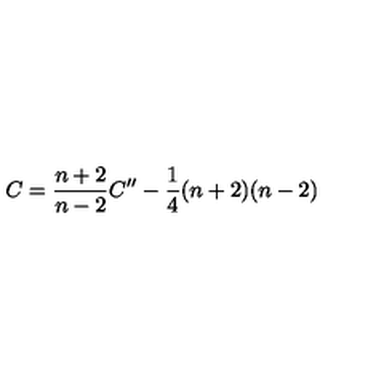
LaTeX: C = \frac { n + 2 } { n - 2 } C ^ { \prime \prime } - \frac { 1 } { 4 } ( n + 2 ) ( n - 2 )